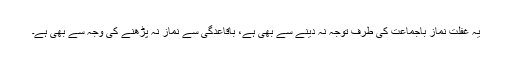
یہ غفلت نماز باجماعت کی طرف توجہ نہ دینے سے بھی ہے، باقاعدگی سے نماز نہ پڑھنے کی وجہ سے بھی ہے۔